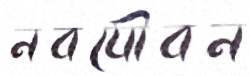
নবযৌবন